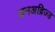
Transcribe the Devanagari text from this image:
अनअब्रिज्ड